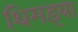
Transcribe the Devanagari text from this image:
थिमइया